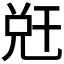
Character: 𭀧